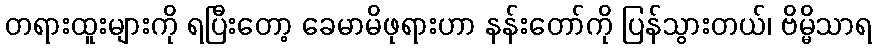
တရားထူးများကို ရပြီးတော့ ခေမာမိဖုရားဟာ နန်းတော်ကို ပြန်သွားတယ်၊ ဗိမ္မိသာရ